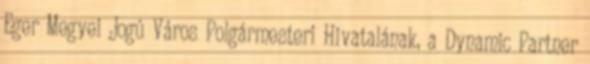
Eger Megyei Jogú Város Polgármesteri Hivatalának, a Dynamic Partner